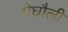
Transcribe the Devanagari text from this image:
मेघौली